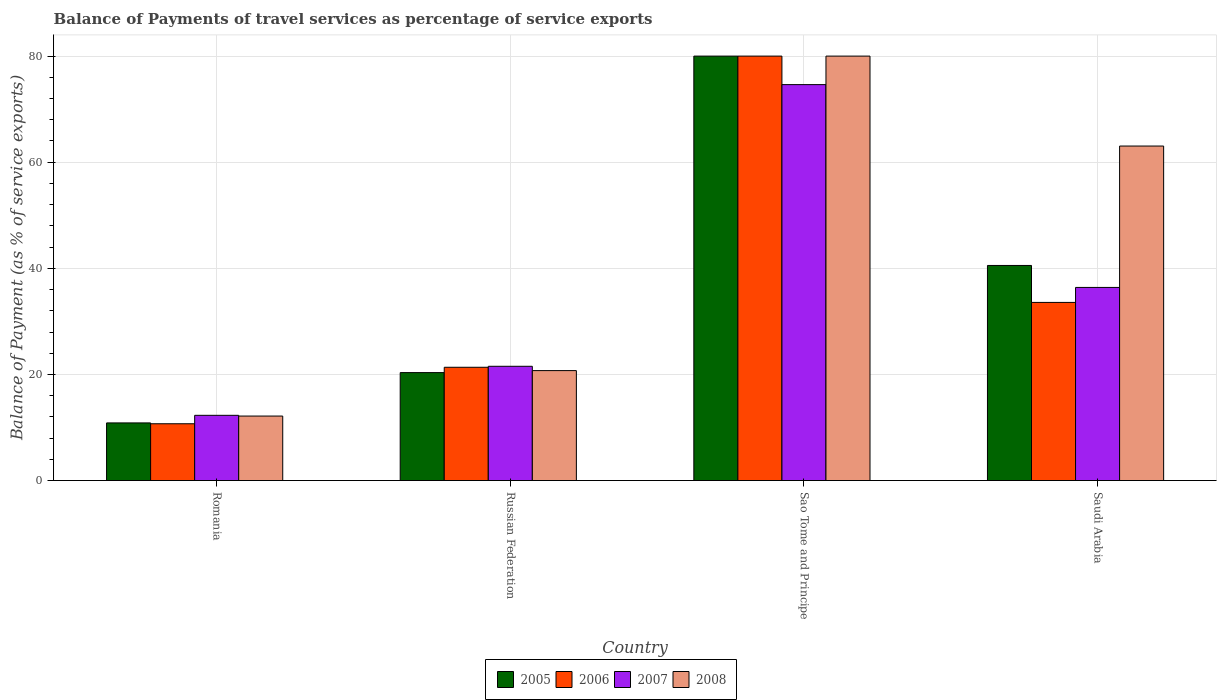
| Country | 2005 | 2006 | 2007 | 2008 |
 | --- | --- | --- | --- | --- |
 | Romania | 10.9 | 10.7 | 12.3 | 12.2 |
 | Russian Federation | 20.3 | 21.4 | 21.5 | 20.7 |
 | Sao Tome and Principe | 80 | 80 | 74.6 | 80 |
 | Saudi Arabia | 40.5 | 33.6 | 36.4 | 63 |